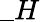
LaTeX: \_ H